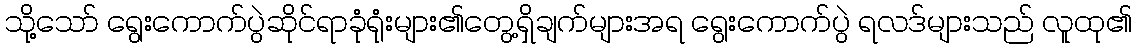
သို့သော် ရွေးကောက်ပွဲဆိုင်ရာခုံရုံးများ၏တွေ့ရှိချက်များအရ ရွေးကောက်ပွဲ ရလဒ်များသည် လူထု၏